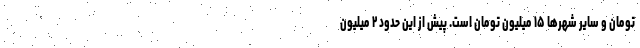
تومان و سایر شهر‌ها ۱۵ میلیون تومان است. پیش از این حدود ۲ میلیون